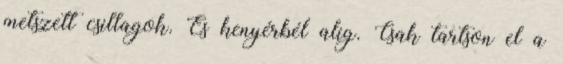
metszett csillagok. És kenyérbél alig. Csak tartson el a